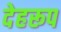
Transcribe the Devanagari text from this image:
देहरूप